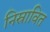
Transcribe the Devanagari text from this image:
निस्रावित